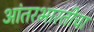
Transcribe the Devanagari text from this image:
आंतरभारतीचा